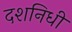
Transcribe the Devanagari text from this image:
दशनिधी